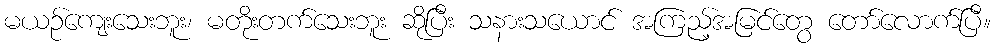
မယဉ်ကျေးသေးဘူး၊ မတိုးတက်သေးဘူး ဆိုပြီး သနားသယောင် အကြည့်အမြင်တွေ တော်လောက်ပြီ။